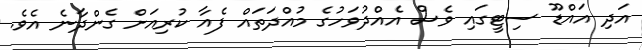
އަދި އައްޑޫ ސިޓީގައި ވެސް އެއްދުވަހުގެ މުއްދަތައް ފެއާ ކުރިއަށް ގެންދާނެ އެވެ.